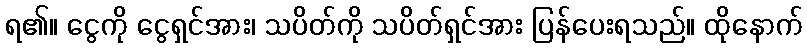
ရ၏။ ငွေကို ငွေရှင်အား၊ သပိတ်ကို သပိတ်ရှင်အား ပြန်ပေးရသည်။ ထိုနောက်